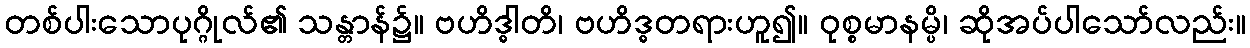
တစ်ပါးသောပုဂ္ဂိုလ်၏ သန္တာန်၌။ ဗဟိဒ္ဓါတိ၊ ဗဟိဒ္ဓတရားဟူ၍။ ဝုစ္စမာနမ္ပိ၊ ဆိုအပ်ပါသော်လည်း။